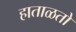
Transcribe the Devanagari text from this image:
हाताळतो